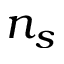
n _ { s }